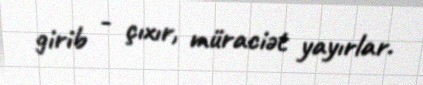
girib - çıxır, müraciət yayırlar.